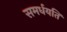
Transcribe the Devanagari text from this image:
समर्धयति